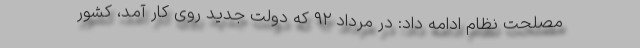
مصلحت نظام ادامه داد: در مرداد ۹۲ که دولت جدید روی کار آمد، کشور